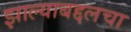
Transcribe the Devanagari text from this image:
झाल्याबद्दलचा